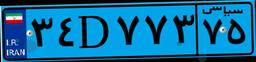
۳۴D۷۷۳۷۵